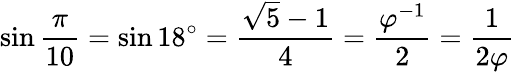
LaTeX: \sin{\frac{\pi}{10}}=\sin 18^{\circ}={\frac{{\sqrt{5}}-1}{4}}={\frac{\varphi^{-1}}{2}}={\frac{1}{2\varphi}}